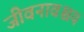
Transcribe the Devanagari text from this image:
जीवनावश्चय